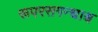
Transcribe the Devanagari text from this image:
रूपरसगन्धाश्च